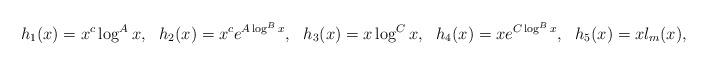
LaTeX: \begin{align*} h_1(x)=x^c\log^Ax,\ \ h_2(x)=x^ce^{A\log^Bx},\ \ h_3(x)=x\log^Cx, \ \ h_4(x)=xe^{C\log^Bx}, \ \ h_5(x)=xl_m(x),\end{align*}